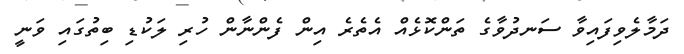
ދަމާލެވިފައިވާ ސަނދުވާގެ ތަންކޮޅެއް އެތެރެ އިން ފެންނާން ހުރި ލަކުޑި ބިތުގައި ވަނީ